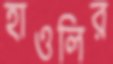
হাওলির